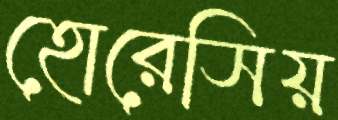
হোরেসিয়